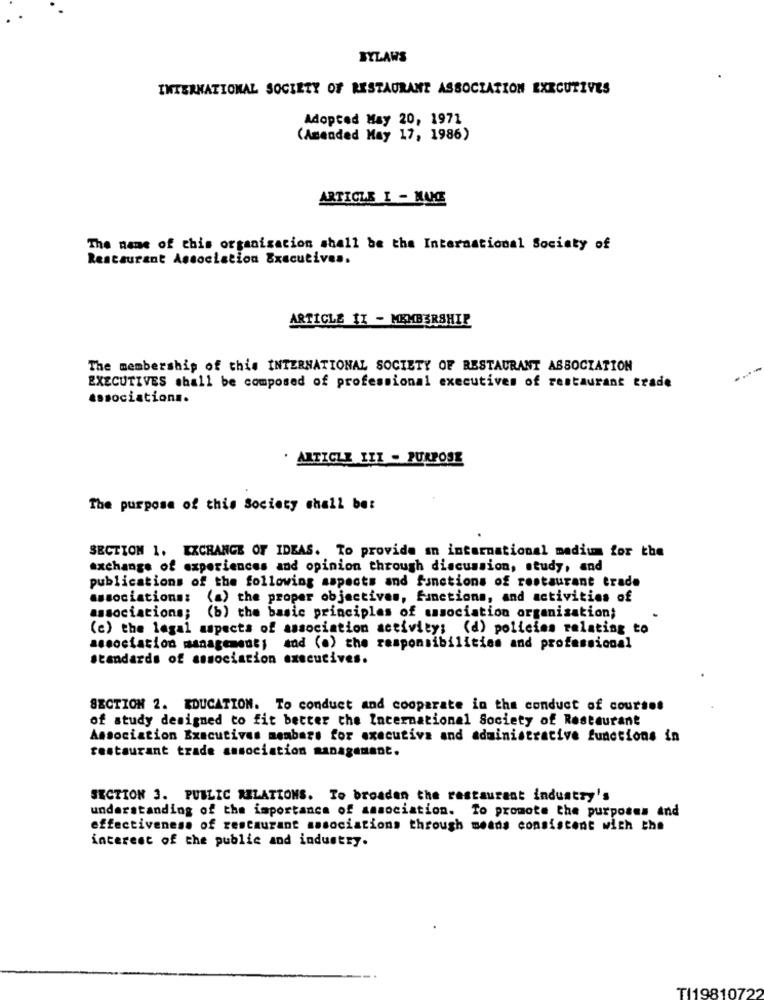
BYLAWS
INTERNATIONAL SOCIETY OF RESTAURANT ASSOCIATION EXECUTIVES
Adopted May 20, 1971
(Amended May 17, 1986)
ARTICLE I - NUNCE
The name of this organisation shall be the International Society of
Restaurant Association Executives.
ARTICLE 11 - MEMBERSHIP
The membership of this INTERNATIONAL SOCIETY OF RESTAURANT ASSOCIATION
EXECUTIVES shall be composed of professional executives of restaurant trade
associations.
· ARTICLE III - PURPOSE
The purpose of this Society shall be:
SECTION 1. EXCHANGE OF IDEAS. To provide an international medium for the
exchange of experiences and opinion through discussion, study, and
publications of the following aspects and functions of restaurant trade
associations:
(a) the proper objectives, functions, and activities of
associations;
(b) the basic principles of association organisation;
(c) the legal aspects of association activity; (d) policies relating to
association management; and (a) the responsibilities and professional
standards of association executives.
SECTION 2. EDUCATION. To conduct and cooperate in the conduct of courses
of study designed to fit better the International Society of Restaurant
Association Executives members for executiva and administrative functions in
restaurant trade association management.
SECTION 3. PUBLIC RELATIONS. To broaden the restaurant industry's
understanding of the importance of association. To promote the purposes and
effectiveness of restaurant associations through means consistent with the
interest of the public and industry.
TI19810722